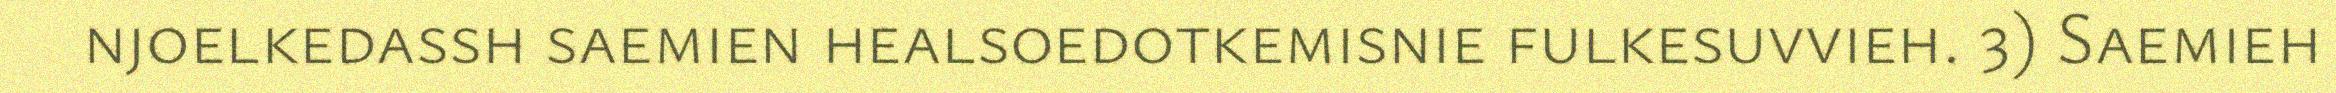
njoelkedassh saemien healsoedotkemisnie fulkesuvvieh. 3) Saemieh